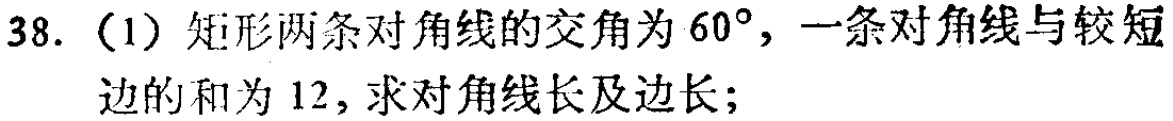
38.（1）矩形两条对角线的交角为\(60^{\circ}\)，一条对角线与较短边的和为\(12\)，求对角线长及边长；